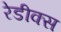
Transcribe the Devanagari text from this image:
रेडीक्स